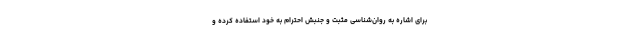
برای اشاره به روان‌شناسی مثبت و جنبش احترام به خود استفاده کرده و